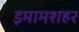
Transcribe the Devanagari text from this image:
इमामशहर